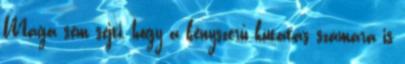
Maga sem sejti, hogy a kényszerű kutatás számára is